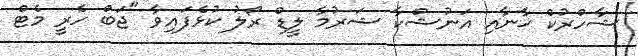
ޝާހްރުކް ޚާނާއި އަނުޝްކާ ޝަރުމާ ލީޑް ރޯލު ކުޅެފައިވާ "ޖަބް ހެރީ މެޓް